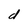
Character: d